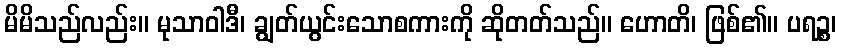
မိမိသည်လည်း။ မုသာဝါဒီ၊ ချွတ်ယွင်းသောစကားကို ဆိုတတ်သည်။ ဟောတိ၊ ဖြစ်၏။ ပရဉ္စ၊